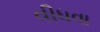
વીધવા